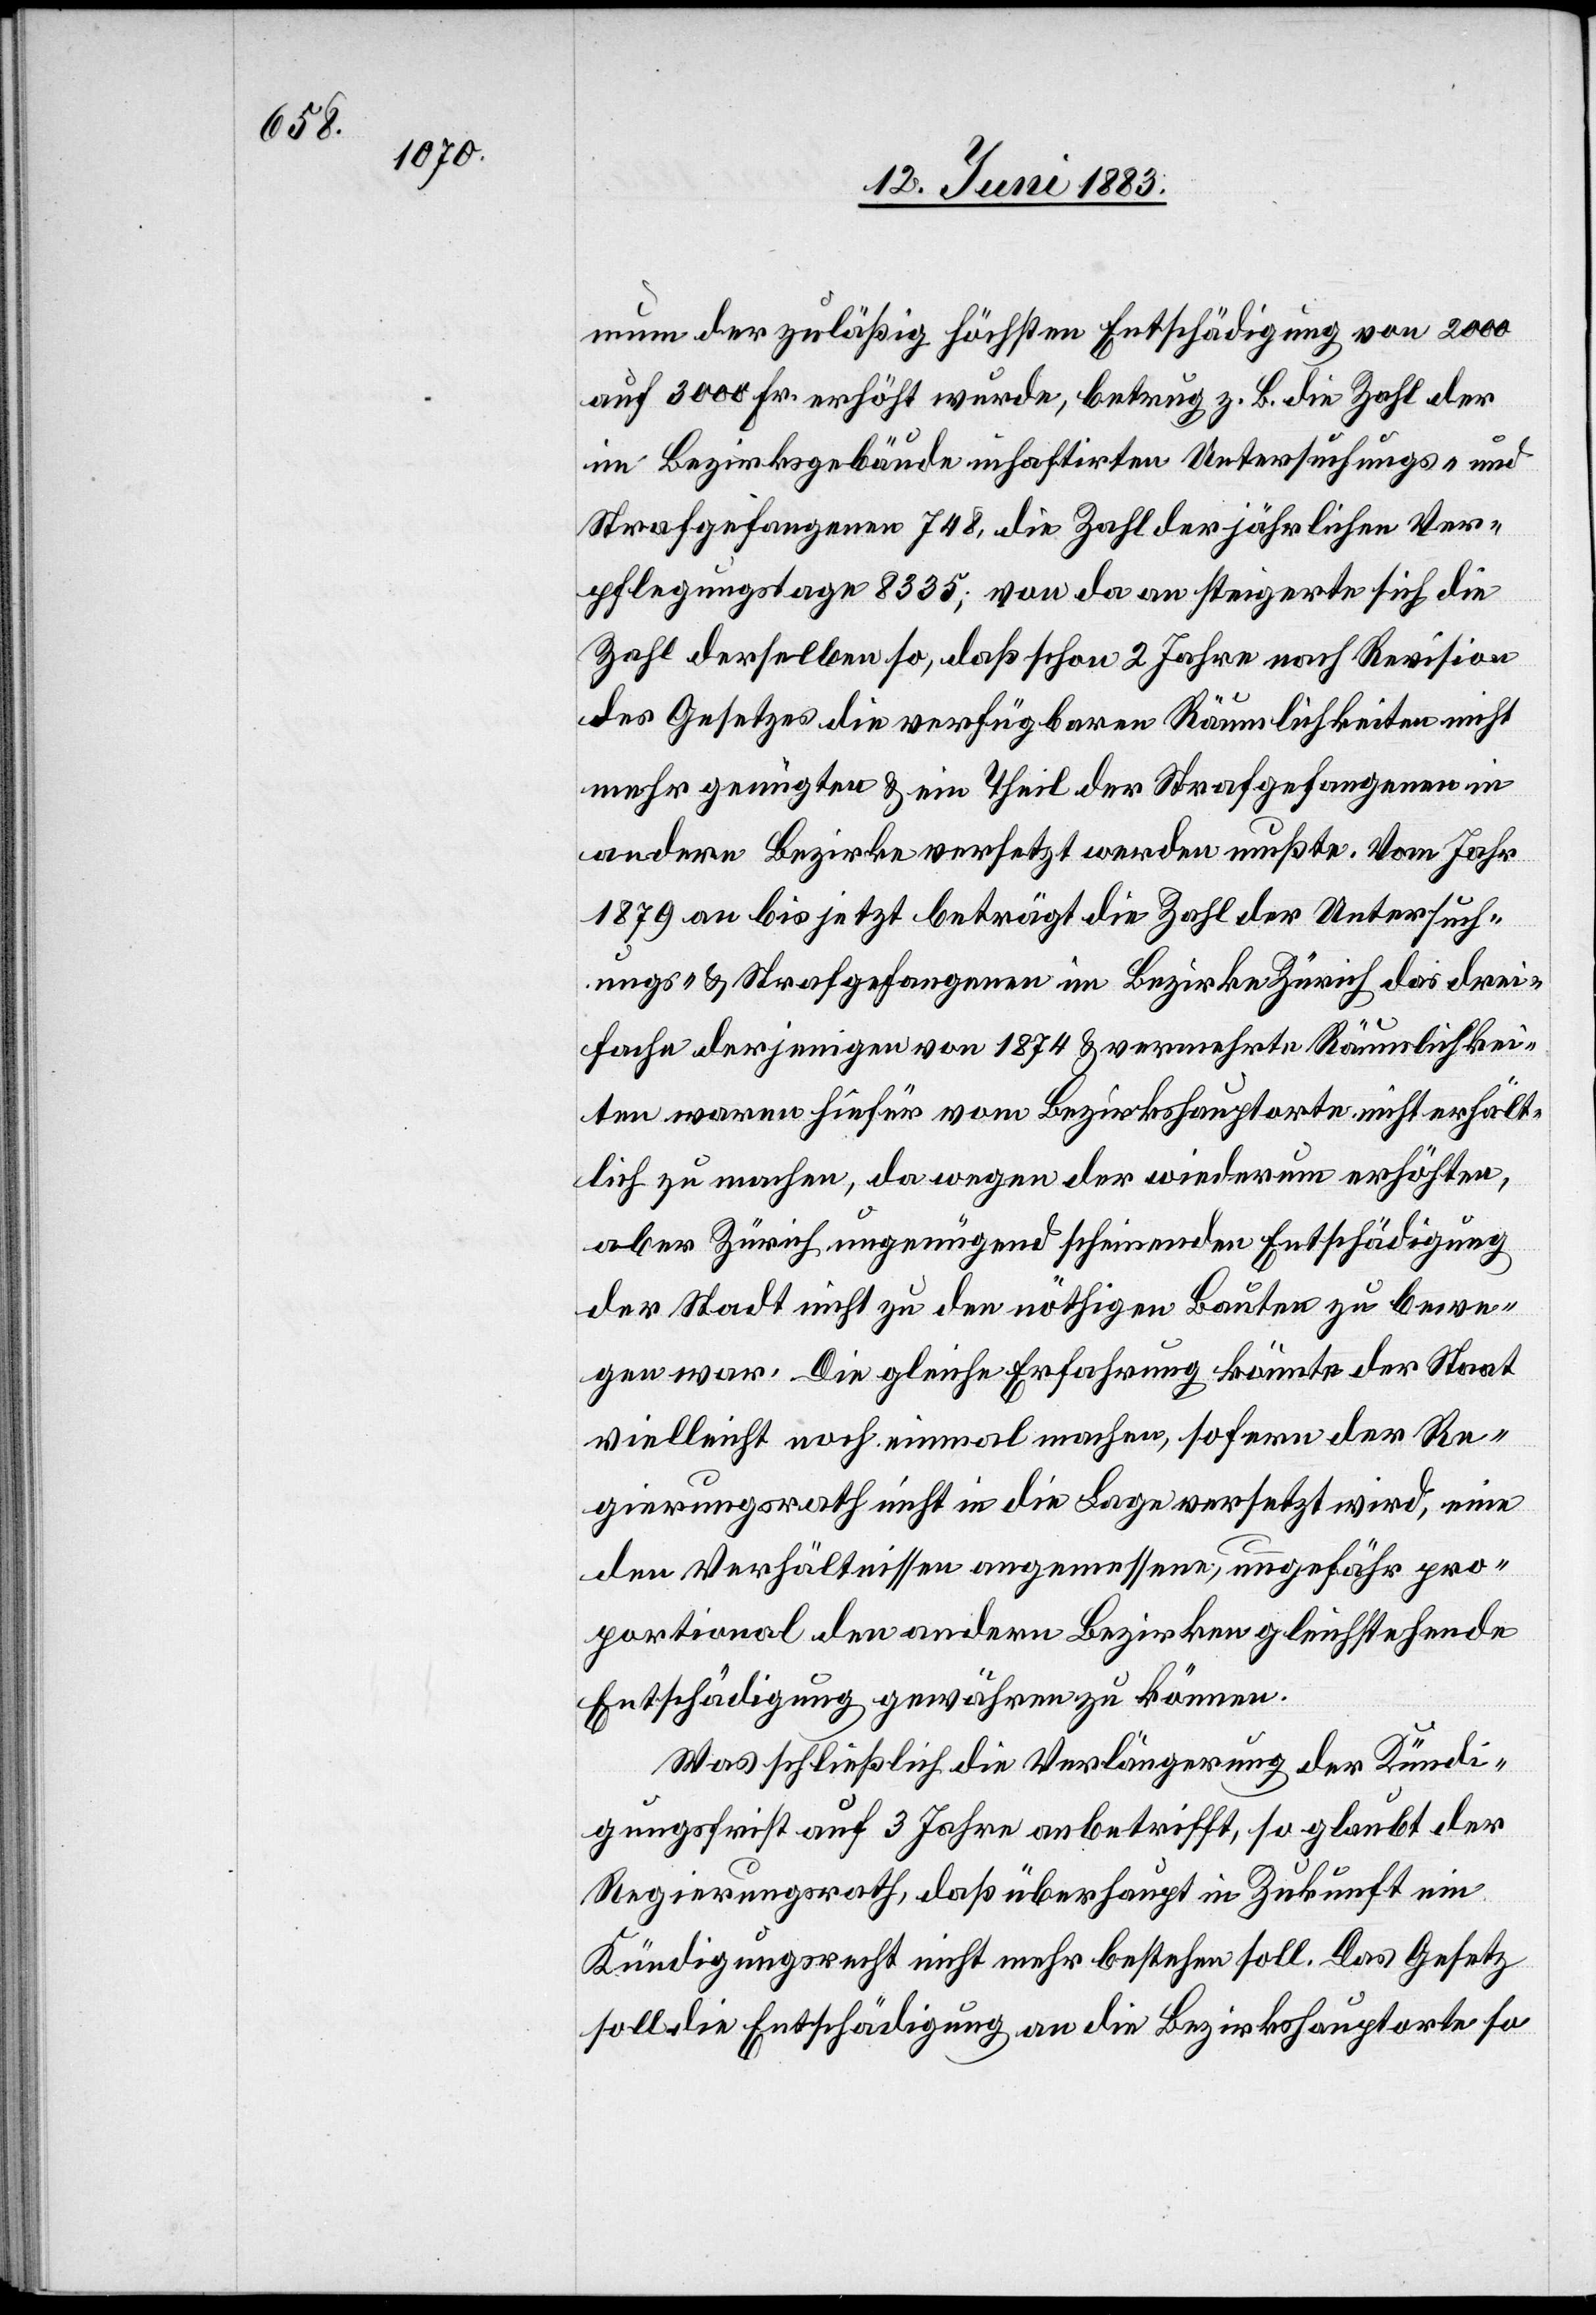
mum der zulässig höchsten Entschädigung von 2000
auf 3000 Fr. erhöht wurde, betrug z. B. die Zahl der
im Bezirksgebäude inhaftirten Untersuchungs- und
Strafgefangenen 748, die Zahl der jährlichen Ver¬
pflegungstage 8335; von da an steigerte sich die
Zahl derselben so, daß schon 2 Jahre nach Revision
des Gesetzes die verfügbaren Räumlichkeiten nicht
mehr genügten & ein Theil der Strafgefangenen in
andere Bezirke versetzt werden mußte. Vom Jahr
1879 an bis jetzt beträgt die Zahl der Untersuch¬
ungs- & Strafgefangenen im Bezirke Zürich das drei¬
fache derjenigen von 1874 & vermehrte Räumlichkei¬
ten waren hiefür vom Bezirkshauptorte nicht erhält¬
lich zu machen, da wegen der wiederum erhöhten,
aber Zürich ungenügend scheinenden Entschädigung
der Stadt nicht zu den nöthigen Bauten zu bewe¬
gen war. Die gleiche Erfahrung könnte der Staat
vielleicht noch einmal machen, sofern der Re¬
gierungsrath nicht in die Lage versetzt wird, eine
den Verhältnissen angemessene, ungefähr pro¬
portional den andern Bezirken gleichstehende
Entschädigung gewähren zu können.
Was schließlich die Verlängerung der Kündi¬
gungsfrist auf 3 Jahre anbetrifft, so glaubt der
Regierungsrath, daß überhaupt in Zukunft ein
Kündigungsrecht nicht mehr bestehen soll. Das Gesetzt
soll die Entschädigung an die Bezirkshauptorte so